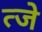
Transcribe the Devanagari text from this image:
त्जे